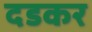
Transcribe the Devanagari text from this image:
दडकर